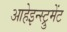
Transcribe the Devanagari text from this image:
आहेइन्स्ट्रुमेंट